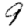
Digit: 9